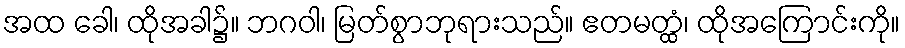
အထ ခေါ၊ ထိုအခါ၌။ ဘဂဝါ၊ မြတ်စွာဘုရားသည်။ ဧတမတ္ထံ၊ ထိုအကြောင်းကို။